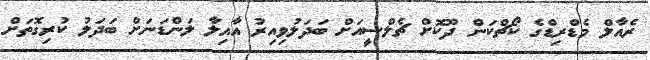
ރެއާލް މެޑްރިޑްގެ ކޯޗްކަން ދޫކޮށް ޗެލްސީއަށް ބަދަލުވިއިރު އާއިލާ ލަންޑަނަށް ބަދަލު ކުރިގޮތަށް